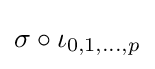
\sigma \circ \iota _{0,1,...,p}